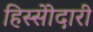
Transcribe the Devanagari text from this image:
हिस्सेोदारी